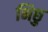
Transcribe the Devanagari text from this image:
भिछु